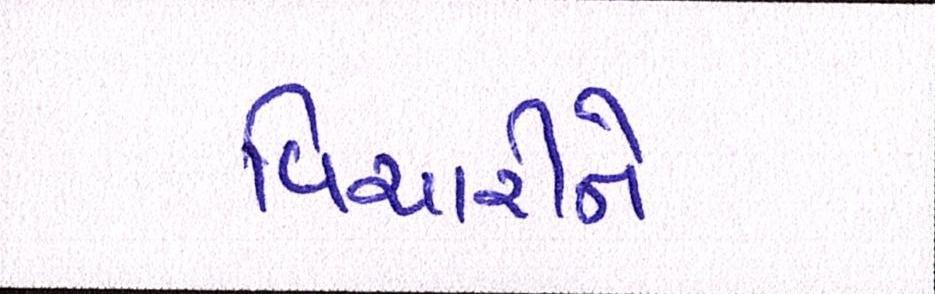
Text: વિચારીને